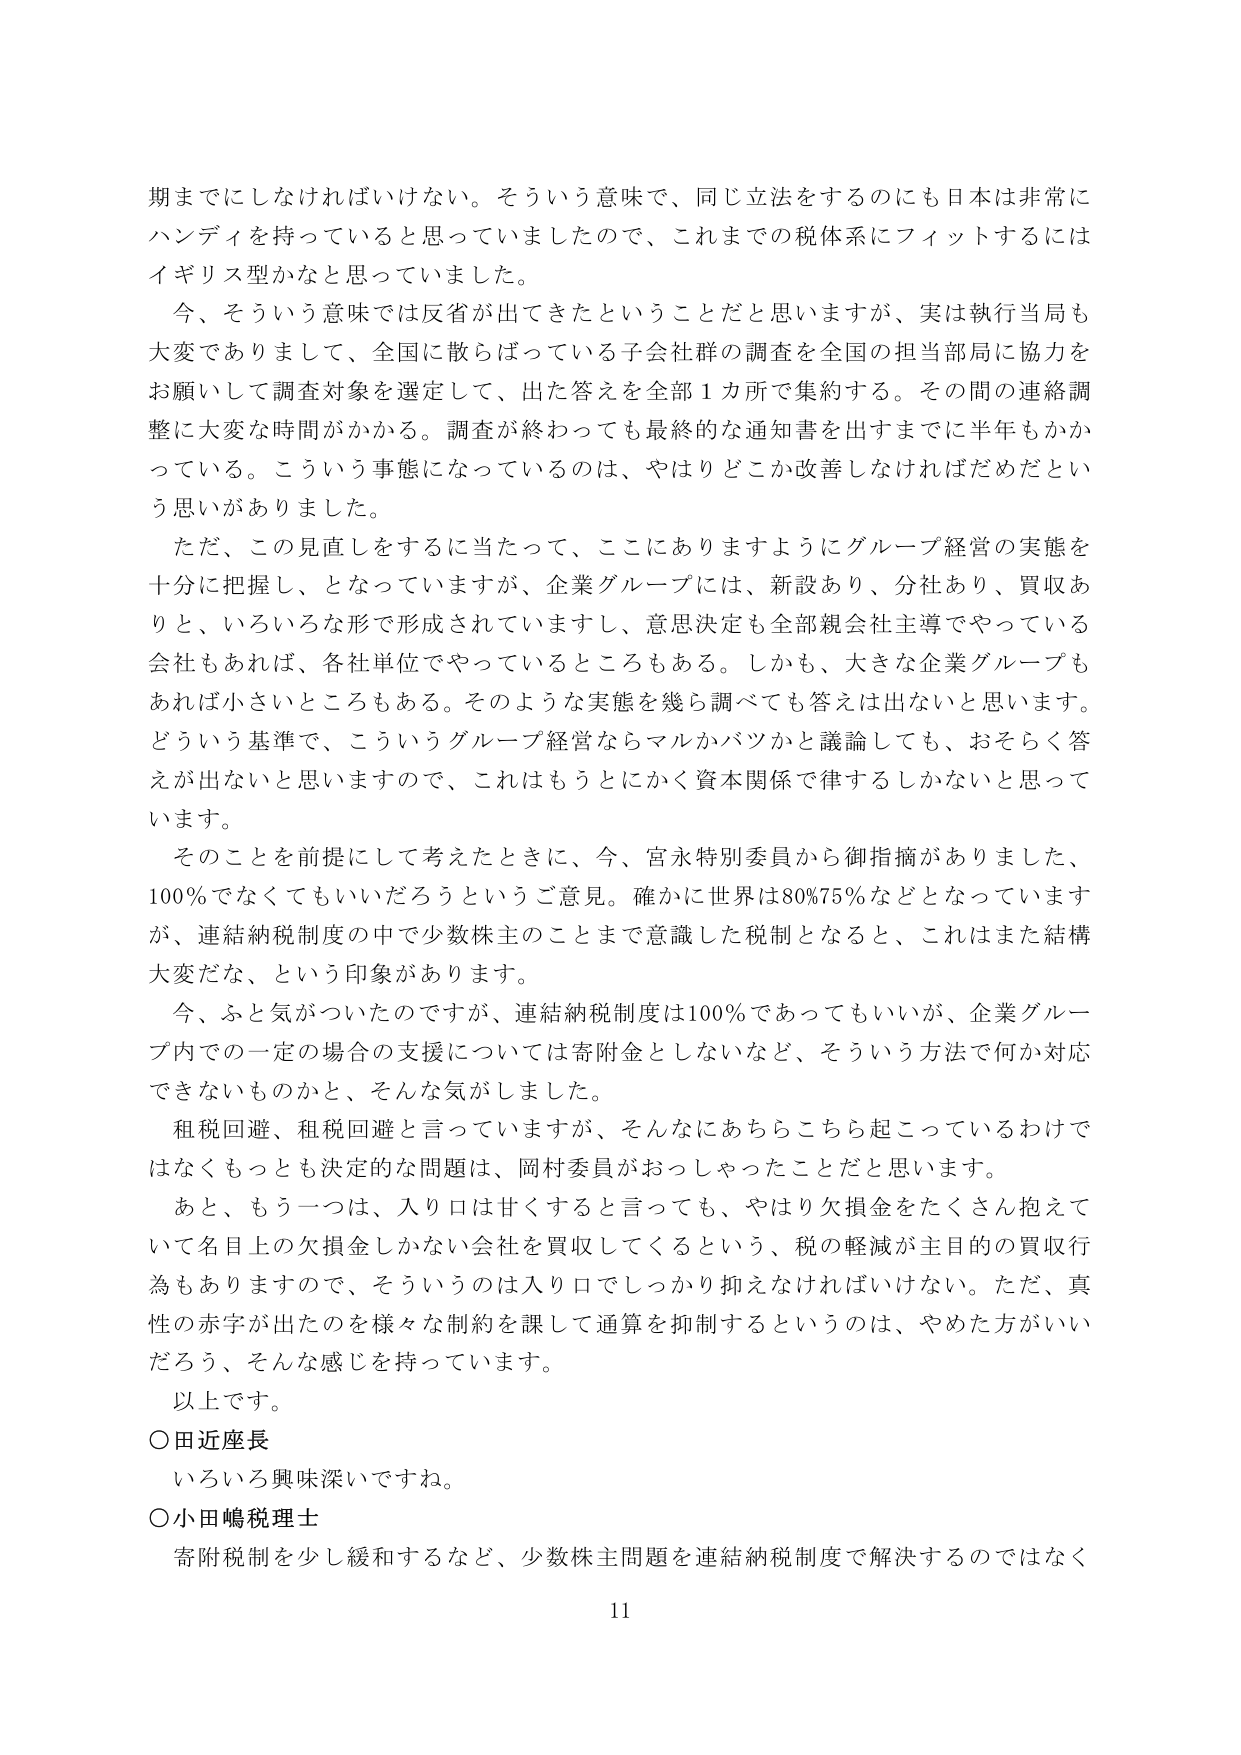
期までにしなければいけない。そういう意味で、同じ立法をするのにも日本は非常にハンディを持ってていると思っていましたので、これまでの税体系にフィットするにはイギリス型かなと思っていました。

今、そういう意味では反省が出てきたということだと思いますが、実は執行当局も大変でありまして、全国に散らばっている子会社群の調査を全国の担当部局に協力をお願いして調査対象を選定して、出た答えを全部１カ所で集約する。その間の連絡調整に大変な時間がかかる。調査が終わっても最終的な通知書を出すまでに半年もかかっている。こういう事態になっているのは、やはりどこか改善しなければだめだという思いがありました。

ただ、この見直しをするに当たって、ここにありますようにグループ経営の実態を十分に把握し、となっていますが、企業グループには、新設あり、分社あり、買収ありと、いろいろな形で形成されていますし、意思決定も全部親会社主導でやっている会社もあれば、各社単位でやっているところもある。しかも、大きな企業グループもあれば小さいところもある。そのような実態を幾ら調べても答えは出ないと思います。どういう基準で、こういうグループ経営ならマルかバツかと議論しても、おそらく答えが出ないと思いますので、これはもうとにかく資本関係で律するしかないと思っています。

そのことを前提にして考えたときに、今、宮永特別委員から御指摘がありました、100％でなくてもいいだろうというご意見。確かに世界は80％75％などとなっていますが、連結納税制度の中で少数株主のことまで意識した税制となると、これはまた結構大変だな、という印象があります。

今、ふと気がついたのですが、連結納税制度は100％であってもいいが、企業グループ内での一定の場合の支援については寄附金としないなど、そういう方法で何か対応できないものかと、そんな気がしました。

租税回避、租税回避と言っていますが、そんなにあちらこちら起こっているわけではなくもっとも決定的な問題は、岡村委員がおっしゃったことだと思います。

あと、もう一つは、入り口は甘くすると言っても、やはり欠損金をたくさん抱えていて名目上の欠損金しかない会社を買収してくるという、税の軽減が主目的の買収行為もありますので、そういいうのは入り口でしっかり抑えなければならない。ただ、真性の赤字が出たのを様々な制約を課して通算を抑制するというのは、やめた方がいいだろう、そんな感じを持っています。

以上です。

○田近座長
いろいろ興味深いですね。

○小田嶋税理士
寄附税制を少し緩和するなど、少数株主問題を連結納税制度で解決するのではなく

11